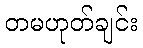
တမဟုတ်ချင်း